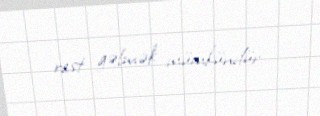
rast gəlmək mümkündür.